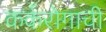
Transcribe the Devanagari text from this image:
कर्करोग़ाची